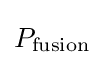
P_{\text{fusion}}